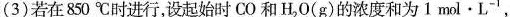
(3) 若在850℃时进行，设起始时 CO 和H_{2}O(g)的浓度和为1mol·L ^{-1}，